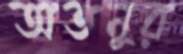
অতনুর